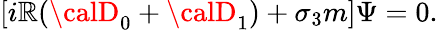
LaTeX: [i\mathbb{R}({\calD}_{0}+{\calD}_{1})+\sigma_{3}m]\Psi=0.